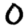
Digit: 0